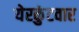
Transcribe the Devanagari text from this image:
येरकुंटवार